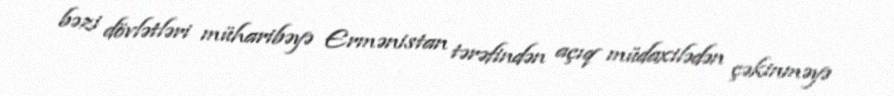
bəzi dövlətləri müharibəyə Ermənistan tərəfindən açıq müdaxilədən çəkinməyə